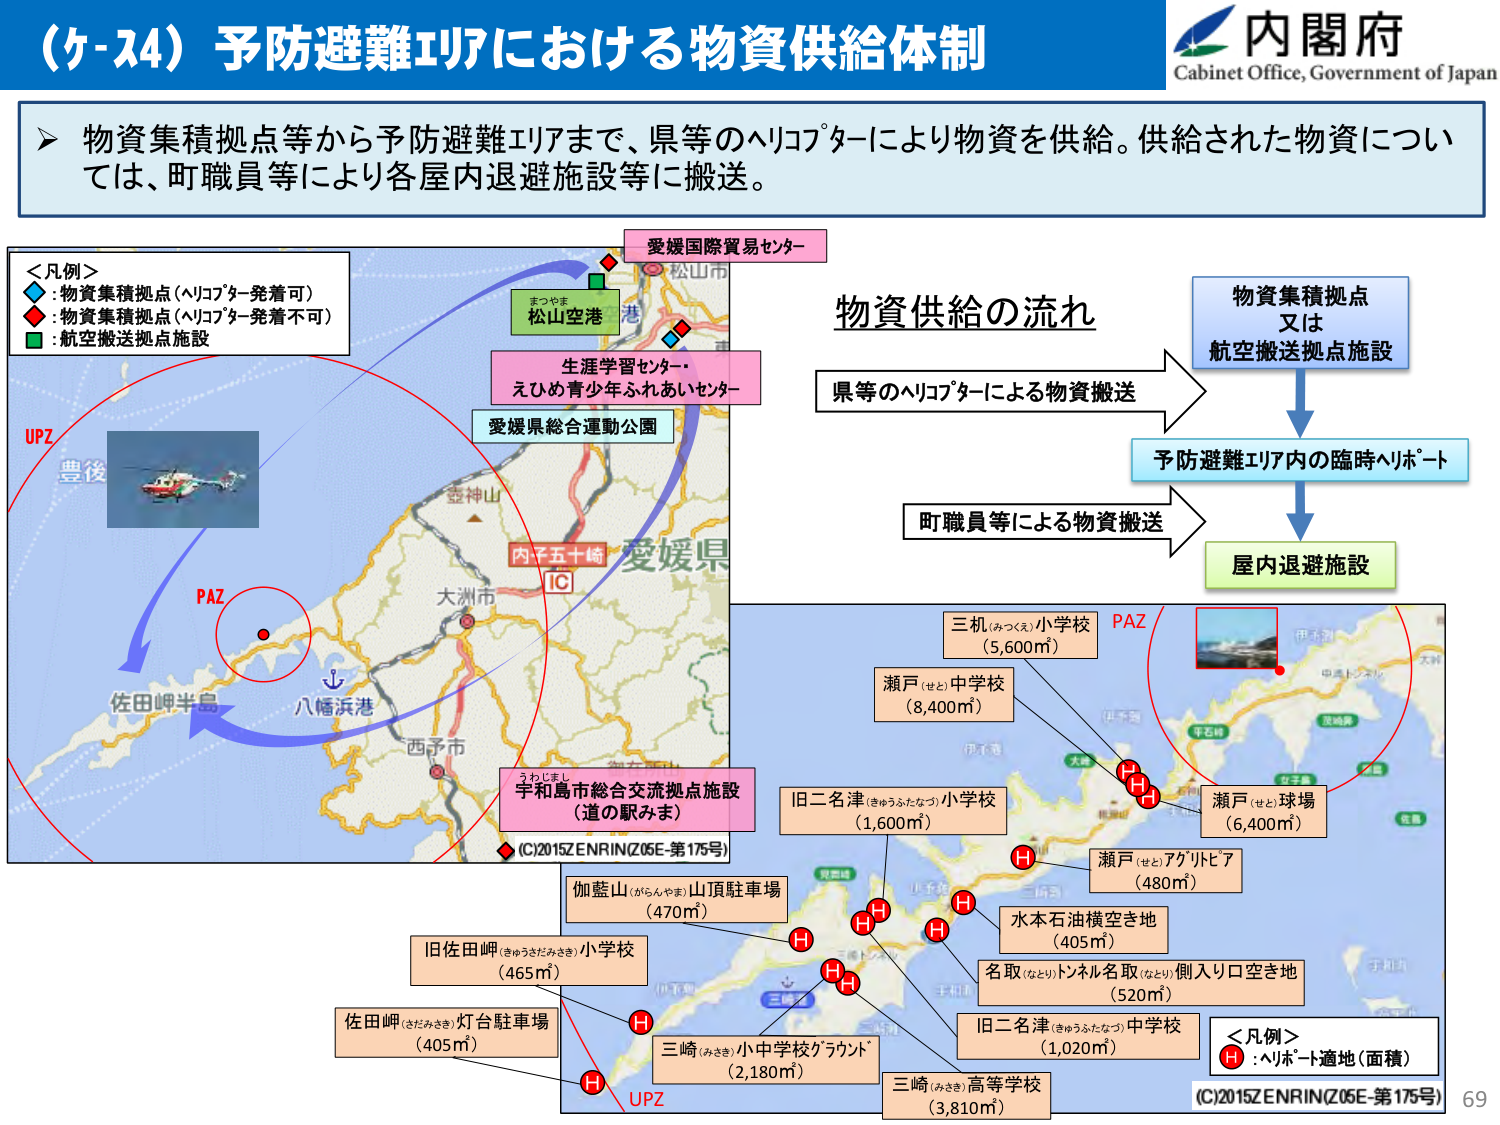
（ケ-34）予防避難エリアにおける物資供給体制
内閣府
Cabinet Office, Government of Japan

▶ 物資集積拠点等から予防避難エリアまで、県等のヘリコプターにより物資を供給。供給された物資については、町職員等により各屋内退避施設等に搬送。

＜凡例＞
◆：物資集積拠点（ヘリコプター発着可）
◆：物資集積拠点（ヘリコプター発着不可）
■：航空搬送拠点施設

愛媛国際貿易センター
まつやま
松山空港
港
生涯学習センター・
えひめ青少年ふれあいセンター
愛媛県総合運動公園
愛媛県
内子五十崎
IC
大洲市
豊後
UPZ
PAZ
佐田岬半島
八幡浜港
西予市
うわじまし
宇和島市総合交流拠点施設
（道の駅みま）
(C)2015ZENRIN(Z05E-第175号)

物資供給の流れ
物資集積拠点
又は
航空搬送拠点施設
↓
県等のヘリコプターによる物資搬送
→
予防避難エリア内の臨時ヘリポート
↓
町職員等による物資搬送
→
屋内退避施設

三机（みつくえ）小学校
（5,600㎡）
瀬戸（せと）中学校
（8,400㎡）
旧二名津（きゅうなたなつ）小学校
（1,600㎡）
瀬戸（せと）球場
（6,400㎡）
瀬戸（せと）アグリピア
（480㎡）
水本石油横空き地
（405㎡）
名取（なとり）トンネル名取（なとり）側入り口空き地
（520㎡）
旧二名津（きゅうなたなつ）中学校
（1,020㎡）
三崎（みさき）高等学校
（3,810㎡）
伽藍山（がらんやま）山頂駐車場
（470㎡）
旧佐田岬（きゅうさだみさき）小学校
（465㎡）
佐田岬（さだみさき）灯台駐車場
（405㎡）
三崎（みさき）小中学校グラウンド
（2,180㎡）
UPZ
PAZ
＜凡例＞
H：ヘリポート適地（面積）
(C)2015ZENRIN(Z05E-第175号)
69